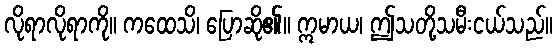
လိုရာလိုရာကို။ ကထေသိ၊ ပြောဆို၏။ ဣမာယ၊ ဤသတို့သမီးငယ်သည်။